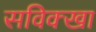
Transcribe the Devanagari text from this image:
सविक्खा